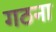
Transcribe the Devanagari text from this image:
गठना